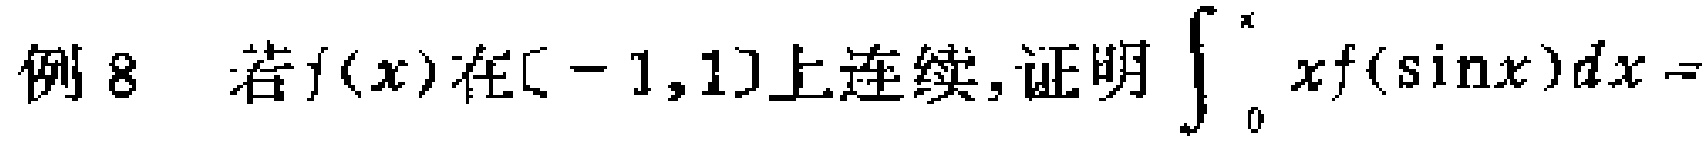
例8 若\(f(x)\)在\([ - 1,1]\)上连续,证明\(\int_{0}^{x}xf(\sin x)dx =\)